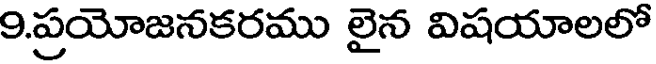
9.ప్రయోజనకరము లైన విషయాలలో